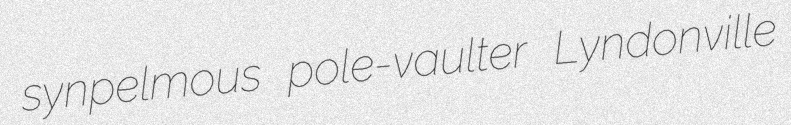
synpelmous pole-vaulter Lyndonville